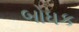
બોધક